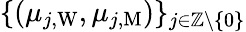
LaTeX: \{ (\mu_{j,\mathrm{W}},\mu_{j,\mathrm{M}})\} _{j\in\mathbb{Z}\backslash\{ 0\} }